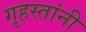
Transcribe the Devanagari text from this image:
गृहस्तांनी